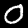
Digit: 0